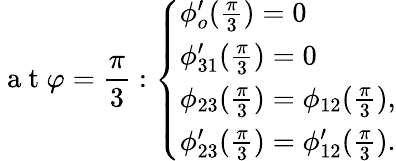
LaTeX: \mathrm{~a~t~}\varphi=\frac{\pi}{3}:\left\{ \begin{array}{ll}{\phi_{o}^{\prime}(\frac{\pi}{3})=0}\\ {\phi_{31}^{\prime}(\frac{\pi}{3})=0}\\ {\phi_{23}(\frac{\pi}{3})=\phi_{12}(\frac{\pi}{3}),}\\ {\phi_{23}^{\prime}(\frac{\pi}{3})=\phi_{12}^{\prime}(\frac{\pi}{3}).}\end{array}\right.